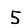
Digit: 5